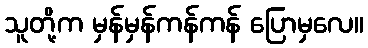
သူတို့က မှန်မှန်ကန်ကန် ပြောမှလေ။